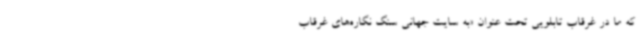
که ما در غرقاب تابلویی تحت عنوان «به سایت جهانی سنگ نگاره‌های غرقاب